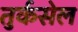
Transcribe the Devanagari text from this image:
तुर्कसेल